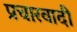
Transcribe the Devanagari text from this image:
प्रचारवादी